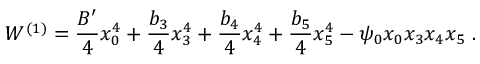
W ^ { ( 1 ) } = \frac { B ^ { \prime } } { 4 } x _ { 0 } ^ { 4 } + \frac { b _ { 3 } } { 4 } x _ { 3 } ^ { 4 } + \frac { b _ { 4 } } { 4 } x _ { 4 } ^ { 4 } + \frac { b _ { 5 } } { 4 } x _ { 5 } ^ { 4 } - \psi _ { 0 } x _ { 0 } x _ { 3 } x _ { 4 } x _ { 5 } \ .